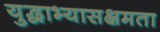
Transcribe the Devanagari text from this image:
युद्धाभ्यासक्षमता